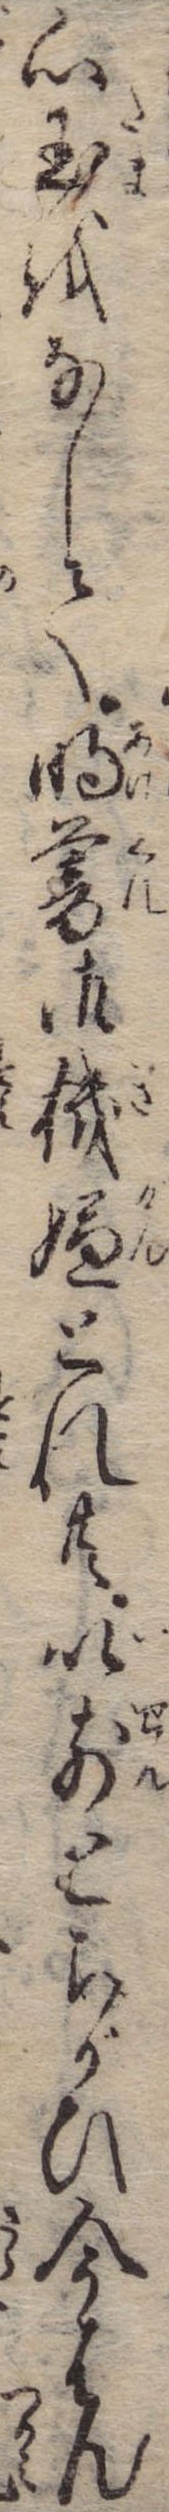
心玉をなして明暮御機嫌とれ共以前とちがひ今はん